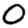
Digit: 0